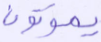
يموتون